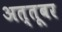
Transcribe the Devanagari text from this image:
अत्तूबर